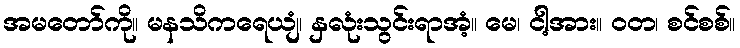
အမတော်ကို။ မနသိကရေယျံ၊ နှလုံးသွင်းရာအံ့။ မေ၊ ငါ့အား။ ဝတ၊ စင်စစ်။